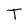
Character: T